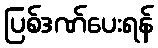
ပြစ်ဒဏ်ပေးရန်